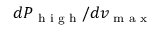
d P _ { \textrm { h i g h } } / d v _ { \textrm { m a x } }